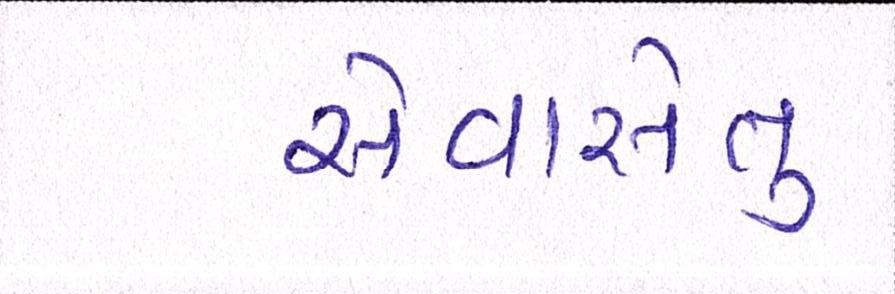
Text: સેવાસેતુ